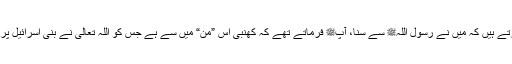
1476: سیدنا سعید بن زیدؓ نبیﷺ سے روایت کرتے ہیں کہ میں نے رسول اللہﷺ سے سنا، آپﷺ فرماتے تھے کہ کھنبی اس ”من“ میں سے ہے جس کو اللہ تعالیٰ نے بنی اسرائیل پر اتارا تھا اور اس کا پانی آنکھ کے لئے شفاء ہے۔